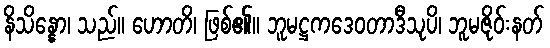
နိသိန္နော၊ သည်။ ဟောတိ၊ ဖြစ်၏။ ဘူမဋ္ဌကဒေဝတာဒီသုပိ၊ ဘူမဇိုဝ်းနတ်